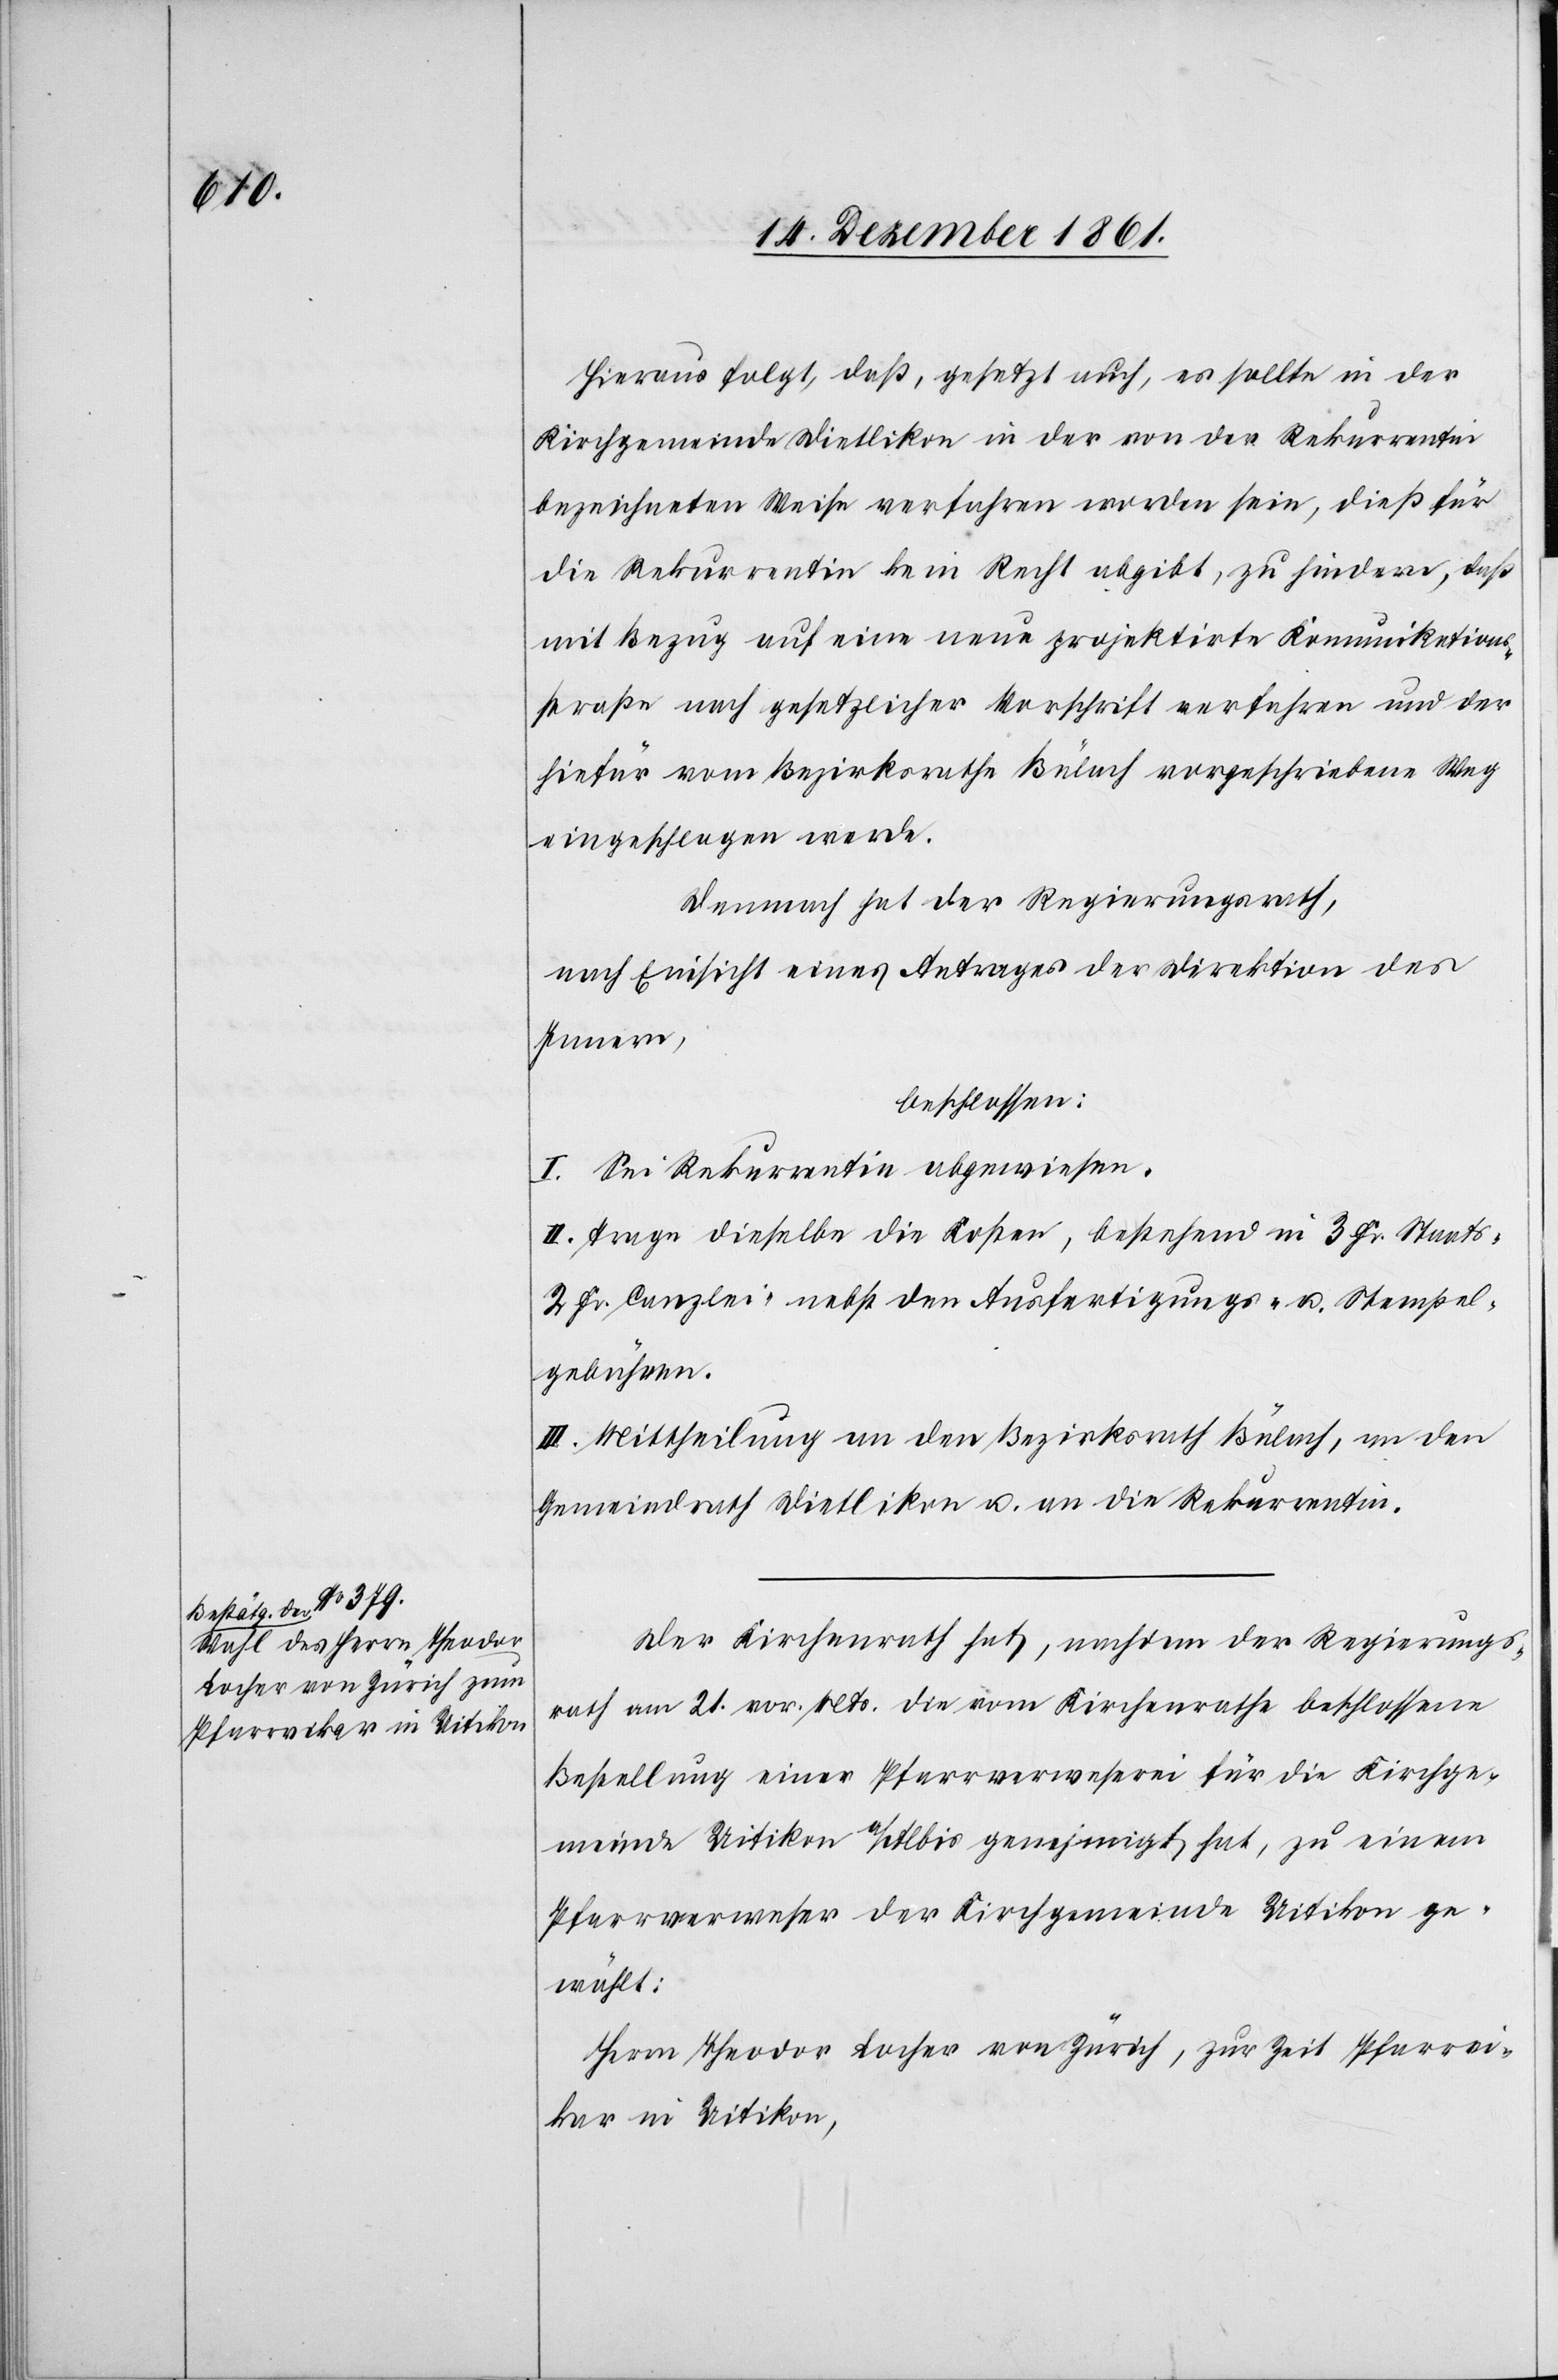
Hieraus folgt, daß, gesetzt auch, es sollte in der
Kirchgemeinde Dietlikon in der von der Rekurrentin
bezeichneten Weise verfahren worden sein, dieß für
die Rekurrentin kein Recht abgibt, zu hindern, daß
mit Bezug auf eine neue projektirte Kommunikations¬
straße nach gesetzlicher Vorschrift verfahren und der
hiefür vom Bezirksrathe Bülach vorgeschriebene Weg
eingeschlagen werde.
Demnach hat der Regierungsrath,
nach Einsicht eines Antrages der Direktion des
Innern,
beschlossen:
I. Sei Rekurrentin abgewiesen.
II. Trage dieselbe die Kosten, bestehend in 3 Fr. Staats[-,]
2 Fr. Canzlei-[,] nebst den Ausfertigungs- u. Stempel¬
gebühren.
III. Mittheilung an den Bezirksrath Bülach, an den
Gemeindrath Dietlikon u. an die Rekurrentin.
Der Kirchenrath hat, nachdem der Regierungs¬
rath am 21 vor. Mts. die vom Kirchenrathe beschlossene
Bestellung einer Pfarrverweserei für die Kirchge¬
meinde Uitikon a/Albis genehmigt hat, zu einem
Pfarrverweser der Kirchgemeinde Uitikon ge¬
wählt:
Herrn Theodor Locher von Zürich, zur Zeit Pfarrvi¬
kar in Uitikon,